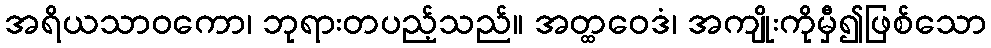
အရိယသာဝကော၊ ဘုရားတပည့်သည်။ အတ္ထဝေဒံ၊ အကျိုးကိုမှီ၍ဖြစ်သော